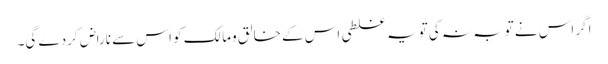
اگر اس نے توبہ نہ کی تویہ غلطی اس کے خالق ومالک کو اس سے ناراض کردے گی۔